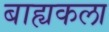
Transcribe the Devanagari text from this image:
बाह्यकला